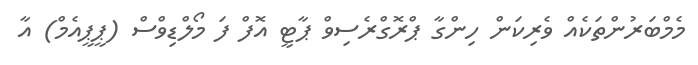
މެމްބަރުންތަކެއް ވެރިކަން ހިންގާ ޕްރޮގްރެސިވް ޕާޓީ އޮފް ފަ މޯލްޑިވްސް (ޕީޕީއެމް) އާ